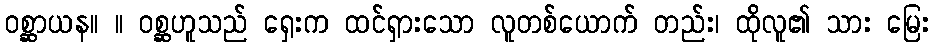
ဝစ္ဆာယန။ ။ ဝစ္ဆဟူသည် ရှေးက ထင်ရှားသော လူတစ်ယောက် တည်း၊ ထိုလူ၏ သား မြေး